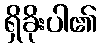
ရှိခိုးပါ၏